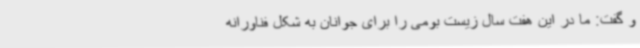
و گفت: ما در این هفت سال زیست بومی را برای جوانان به شکل فناورانه